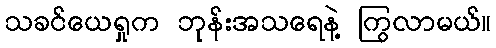
သခင်ယေရှုက ဘုန်းအသရေနဲ့ ကြွလာမယ်။